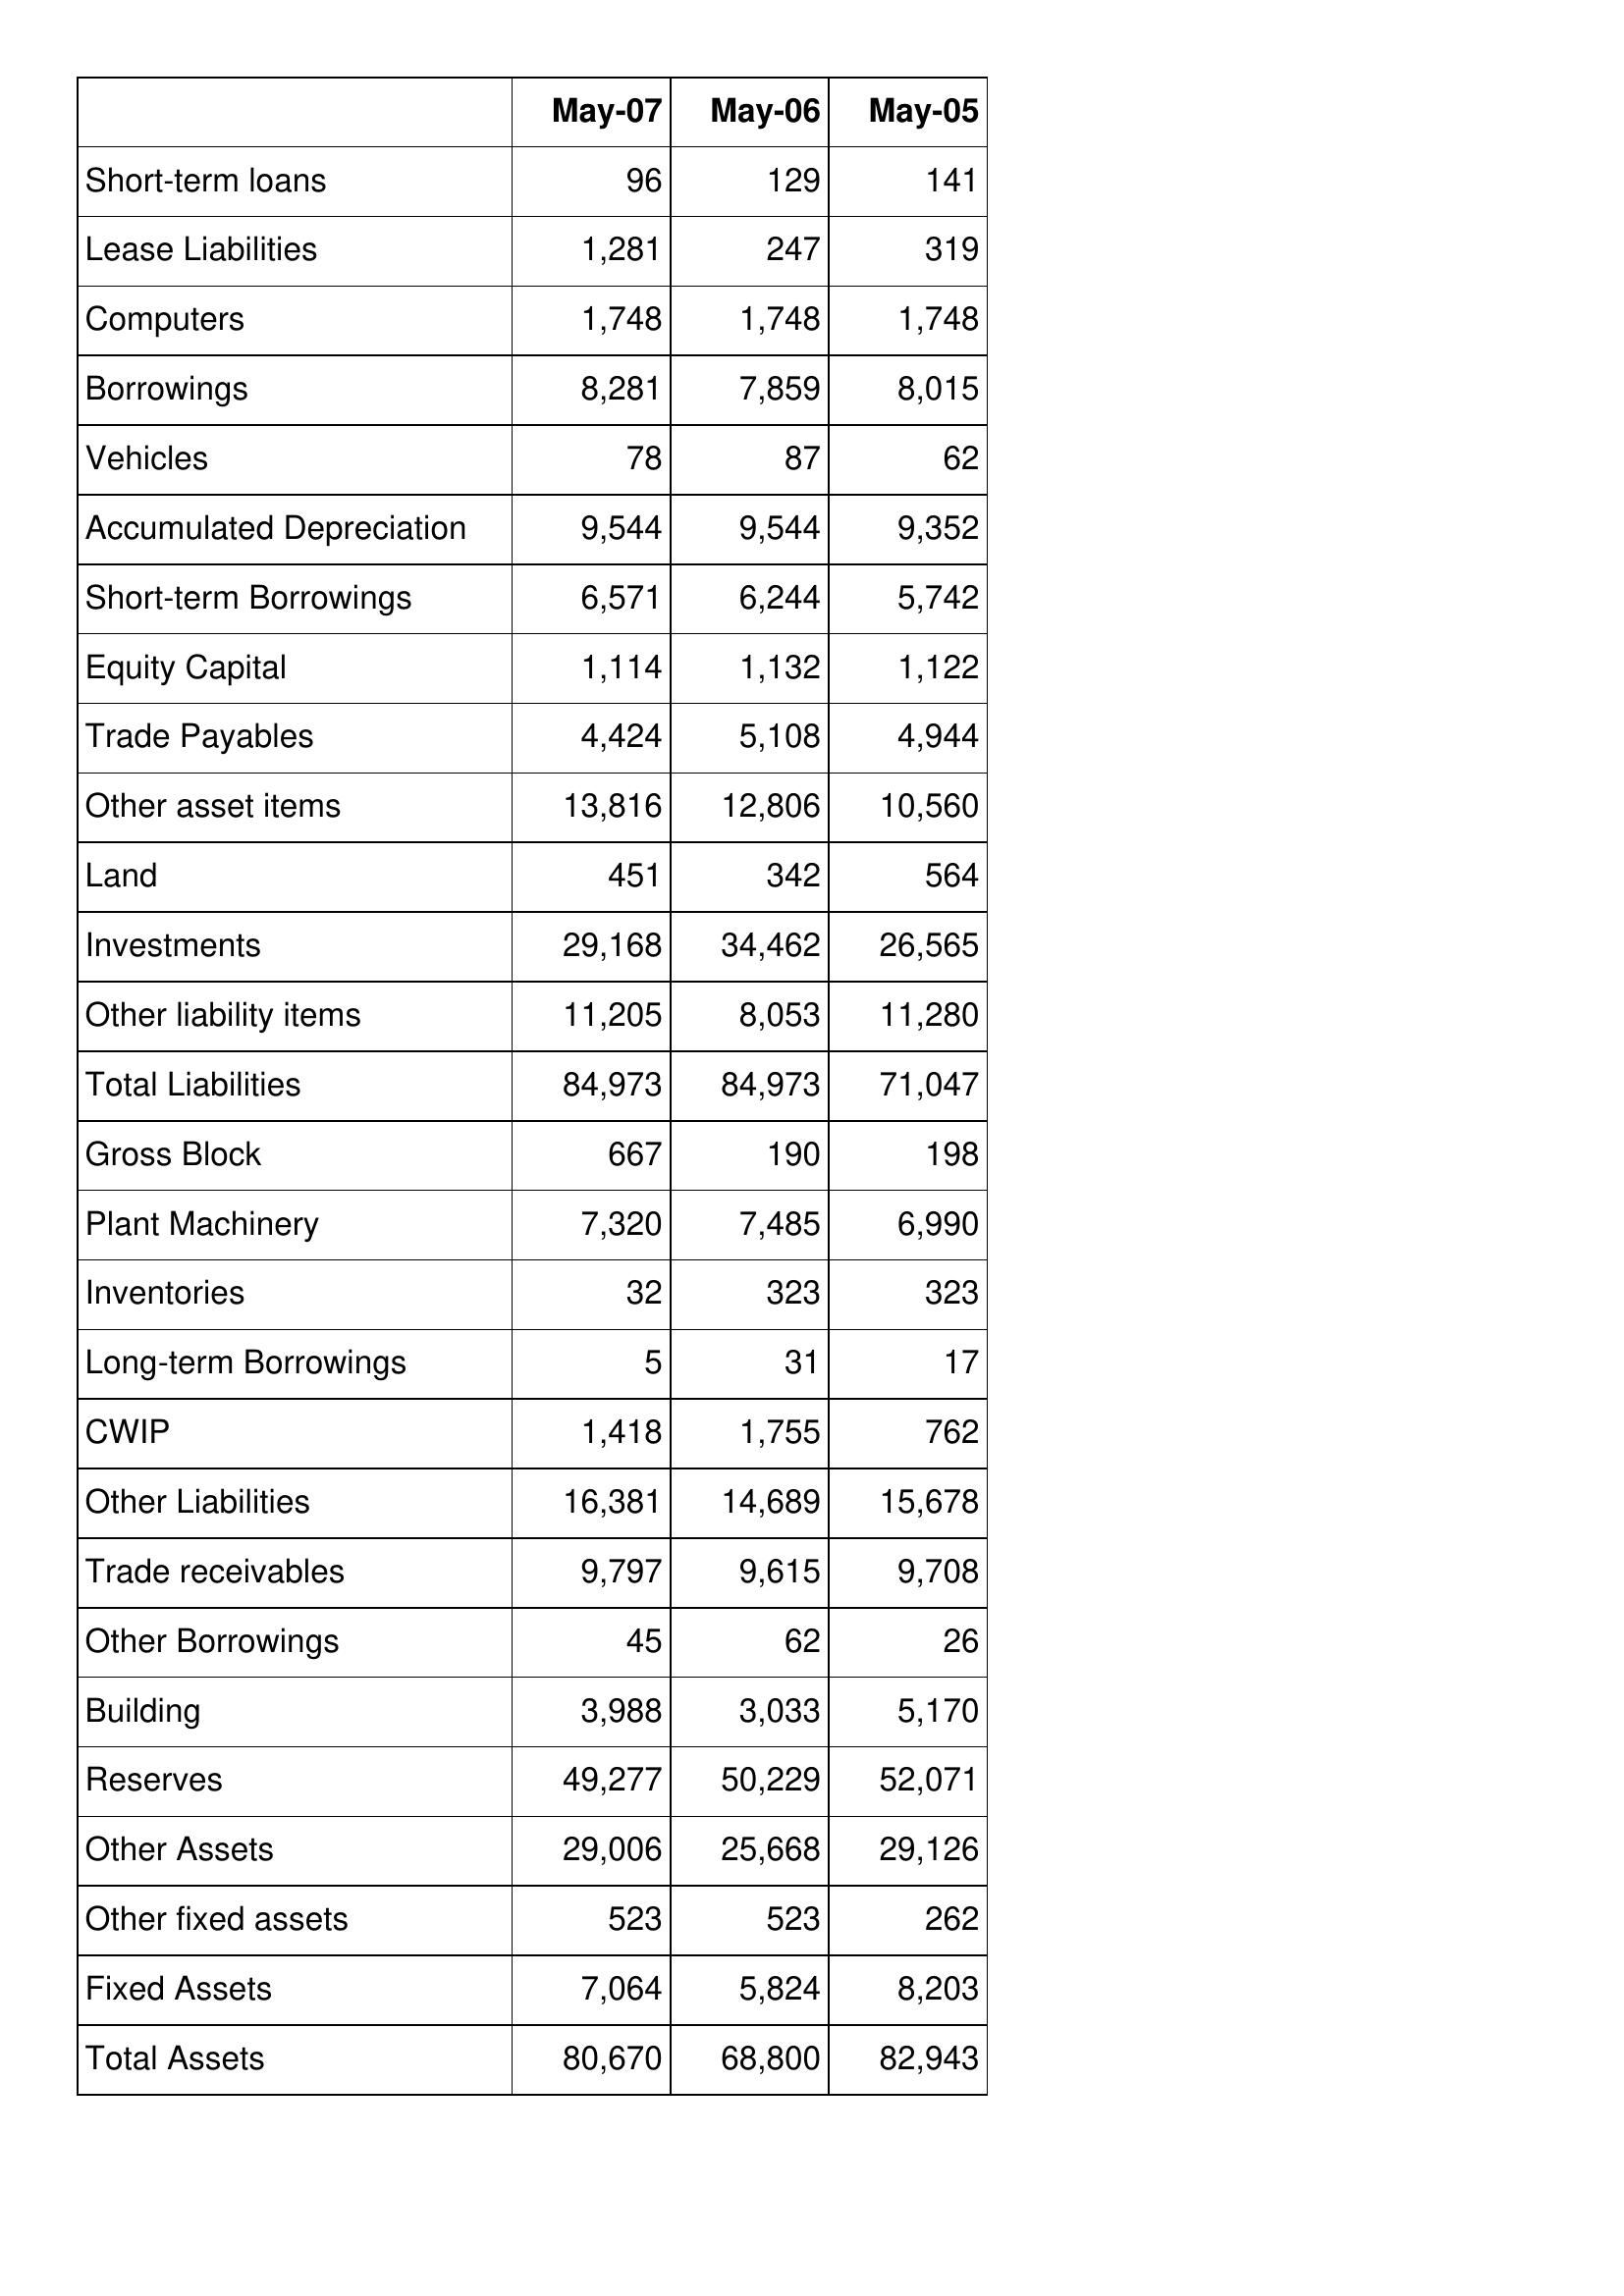
May-07: Balance Sheet: Short-term loans: 96
Lease Liabilities: 1,281
Computers: 1,748
Borrowings: 8,281
Vehicles: 78
Accumulated Depreciation: 9,544
Short-term Borrowings: 6,571
Equity Capital: 1,114
Trade Payables: 4,424
Other asset items: 13,816
Land: 451
Investments: 29,168
Other liability items: 11,205
Total Liabilities: 84,973
Gross Block: 667
Plant Machinery: 7,320
Inventories: 32
Long-term Borrowings: 5
CWIP: 1,418
Other Liabilities: 16,381
Trade receivables: 9,797
Other Borrowings: 45
Building: 3,988
Reserves: 49,277
Other Assets: 29,006
Other fixed assets: 523
Fixed Assets: 7,064
Total Assets: 80,670
May-06: Balance Sheet: Short-term loans: 129
Lease Liabilities: 247
Computers: 1,748
Borrowings: 7,859
Vehicles: 87
Accumulated Depreciation: 9,544
Short-term Borrowings: 6,244
Equity Capital: 1,132
Trade Payables: 5,108
Other asset items: 12,806
Land: 342
Investments: 34,462
Other liability items: 8,053
Total Liabilities: 84,973
Gross Block: 190
Plant Machinery: 7,485
Inventories: 323
Long-term Borrowings: 31
CWIP: 1,755
Other Liabilities: 14,689
Trade receivables: 9,615
Other Borrowings: 62
Building: 3,033
Reserves: 50,229
Other Assets: 25,668
Other fixed assets: 523
Fixed Assets: 5,824
Total Assets: 68,800
May-05: Balance Sheet: Short-term loans: 141
Lease Liabilities: 319
Computers: 1,748
Borrowings: 8,015
Vehicles: 62
Accumulated Depreciation: 9,352
Short-term Borrowings: 5,742
Equity Capital: 1,122
Trade Payables: 4,944
Other asset items: 10,560
Land: 564
Investments: 26,565
Other liability items: 11,280
Total Liabilities: 71,047
Gross Block: 198
Plant Machinery: 6,990
Inventories: 323
Long-term Borrowings: 17
CWIP: 762
Other Liabilities: 15,678
Trade receivables: 9,708
Other Borrowings: 26
Building: 5,170
Reserves: 52,071
Other Assets: 29,126
Other fixed assets: 262
Fixed Assets: 8,203
Total Assets: 82,943